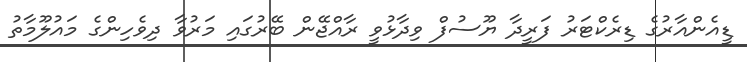
ޑީއެންއާރުގެ ޑިރެކްޓަރު ފަރީދާ ޔޫސުފް ވިދާޅުވީ ރާއްޖޭން ބޭރުގައި މަރުވާ ދިވެހިންގެ މައުލޫމާތު